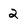
Character: 2